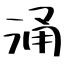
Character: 涌